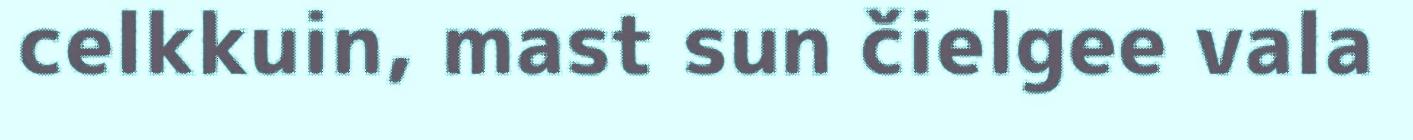
celkkuin, mast sun čielgee vala